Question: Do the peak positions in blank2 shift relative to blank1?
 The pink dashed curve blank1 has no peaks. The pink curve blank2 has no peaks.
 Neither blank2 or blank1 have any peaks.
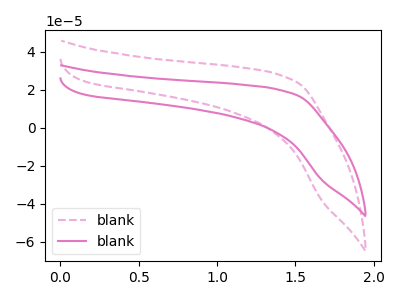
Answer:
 <answer>No, "blank2" and "blank1" don't appear to be significantly different in shape</answer>
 <eval>no_change</eval>